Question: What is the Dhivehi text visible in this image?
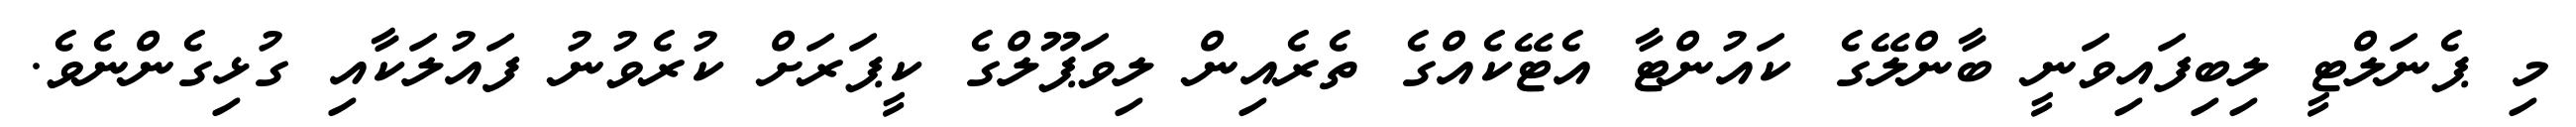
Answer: މި ޕެނަލްޓީ ލިބިފައިވަނީ ބާންލޭގެ ކައުންޓާ އެޓޭކެއްގެ ތެރެއިން ލިވަޕޫލްގެ ކީޕަރަށް ކުރެވުނު ފައުލަކާއި ގުޅިގެންނެވެ.